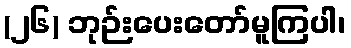
(၂၆) ဘုဉ်းပေးတော်မူကြပါ၊